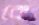
কে